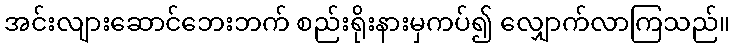
အင်းလျားဆောင်ဘေးဘက် စည်းရိုးနားမှကပ်၍ လျှောက်လာကြသည်။